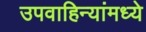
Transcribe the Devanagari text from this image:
उपवाहिन्यांमध्ये